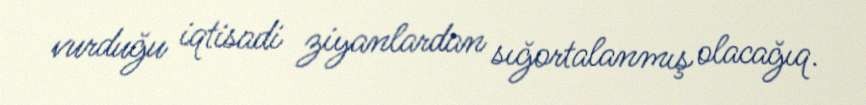
vurduğu iqtisadi ziyanlardan sığortalanmış olacağıq.